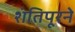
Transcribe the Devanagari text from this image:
शंतिपूरने